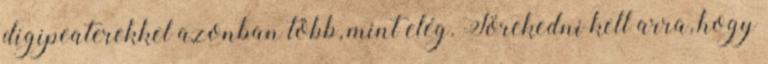
digipeaterekkel azonban több, mint elég. Törekedni kell arra, hogy